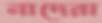
নাদেরা